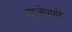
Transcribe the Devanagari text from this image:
ताजेपणी